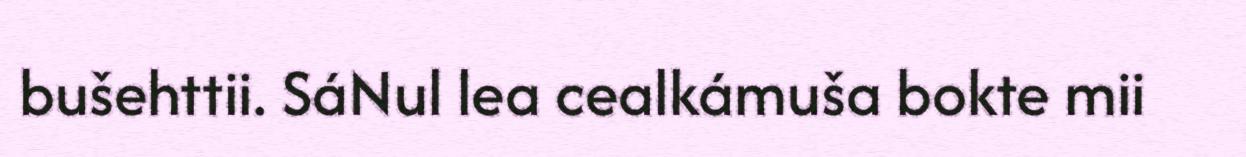
bušehttii. SáNul lea cealkámuša bokte mii